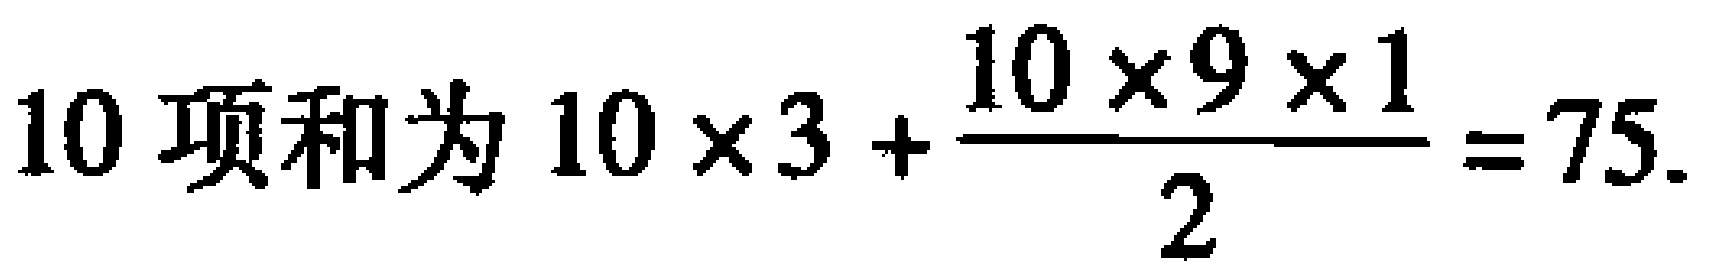
$10项和为10\times 3+\frac{10\times 9\times 1}{2}=75.$